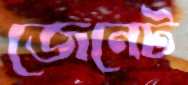
জেনেট